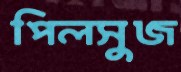
পিলসুজ